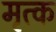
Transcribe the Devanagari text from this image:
मृत्क